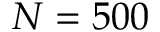
N = 5 0 0